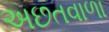
અછતવાળા